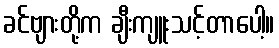
ခင်ဗျားတို့က ချီးကျူးသင့်တာပေါ့။